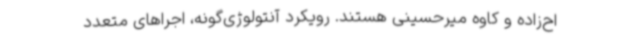
اح‌زاده و کاوه میرحسینی هستند. رویکرد آنتولوژی‌گونه، اجراهای متعدد